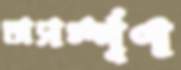
অসর্ম্পূণ